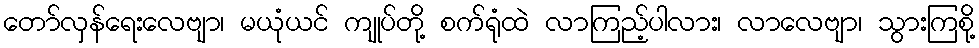
တော်လှန်ရေးလေဗျာ၊ မယုံယင် ကျုပ်တို့ စက်ရုံထဲ လာကြည့်ပါလား၊ လာလေဗျာ၊ သွားကြစို့